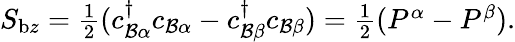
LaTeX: \begin{array}{r}{S_{\mathrm{b}z}=\frac{1}{2}(c_{\mathcal{B}\alpha}^{\dagger}c_{\mathcal{B}\alpha}-c_{\mathcal{B}\beta}^{\dagger}c_{\mathcal{B}\beta})=\frac{1}{2}(P^{\alpha}-P^{\beta}).}\end{array}